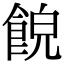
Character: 𩛨